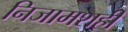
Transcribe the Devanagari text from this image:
निजामशही